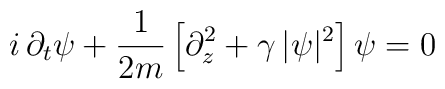
i\,\partial_{t} \psi + \frac{1}{2 m}\left[\partial_{z}^{2} +\gamma \, |\psi|^{2} \right] \psi = 0